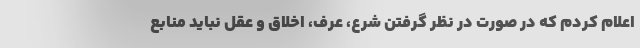
اعلام کردم که در صورت در نظر گرفتن شرع، عرف، اخلاق و عقل نباید منابع